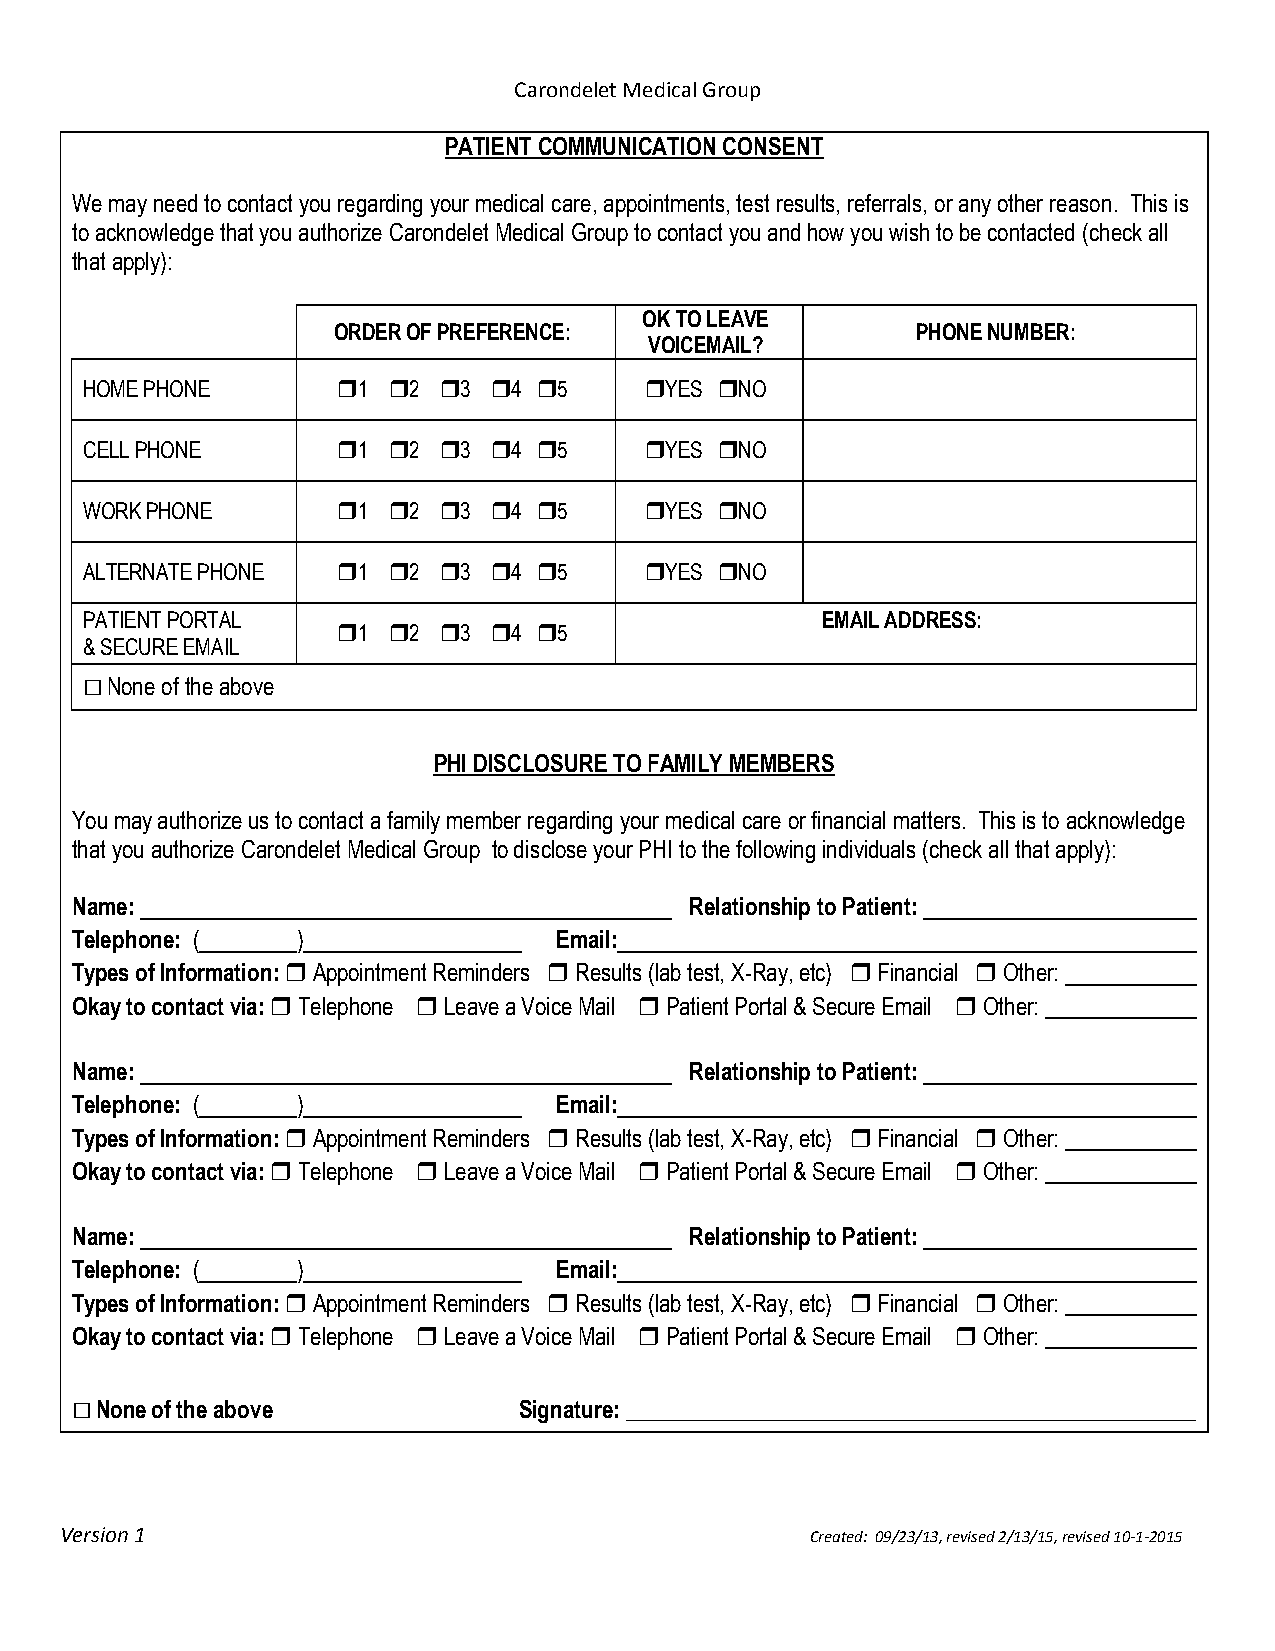
Carondelet Medical Group
 PATIENT COMMUNICATION CONSENT
 We may need to contact you regarding your medical care, appointments, test results, referrals, or any other reason. This is
 to acknowledge that you authorize Carondelet Medical Group to contact you and how you wish to be contacted (check all
 that apply):
 OK TO LEAVE
 ORDER OF PREFERENCE:                   PHONE NUMBER:
 VOICEMAIL?
 HOME PHONE       1  2 3 4  5     YES NO
 CELL PHONE       1  2 3 4  5     YES NO
 WORK PHONE       1  2 3 4  5     YES NO
 ALTERNATE PHONE  1  2 3 4  5     YES NO
 PATIENT PORTAL                                   EMAIL ADDRESS:
 1  2 3 4  5
 & SECURE EMAIL
 □
 None of the above
 PHI DISCLOSURE TO FAMILY MEMBERS
 You may authorize us to contact a family member regarding your medical care or financial matters. This is to acknowledge
 that you authorize Carondelet Medical Group to disclose your PHI to the following individuals (check all that apply):
 Name:                                    Relationship to Patient:
 Telephone: (   )                Email:
 Types of Information:  Appointment Reminders  Results (lab test, X-Ray, etc)  Financial  Other:
 Okay to contact via:  Telephone  Leave a Voice Mail  Patient Portal & Secure Email  Other:
 Name:                                    Relationship to Patient:
 Telephone: (   )                Email:
 Types of Information:  Appointment Reminders  Results (lab test, X-Ray, etc)  Financial  Other:
 Okay to contact via:  Telephone  Leave a Voice Mail  Patient Portal & Secure Email  Other:
 Name:                                    Relationship to Patient:
 Telephone: (   )                Email:
 Types of Information:  Appointment Reminders  Results (lab test, X-Ray, etc)  Financial  Other:
 Okay to contact via:  Telephone  Leave a Voice Mail  Patient Portal & Secure Email  Other:
 □
 None of the above           Signature: __________________________________________________
 Version 1                                         Created: 09/23/13, revised 2/13/15, revised 10-1-2015